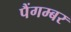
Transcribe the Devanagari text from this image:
पैंगम्‍बर